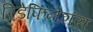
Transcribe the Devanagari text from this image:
रिडेफिनेशंस